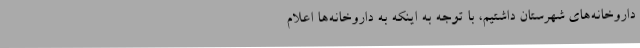
داروخانه‌های شهرستان داشتیم، با توجه به اینکه به داروخانه‌ها اعلام